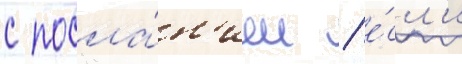
с посла́н'ием / е́сл'и